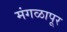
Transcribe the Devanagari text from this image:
मंगळापूर